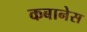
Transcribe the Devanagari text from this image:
कबानेस